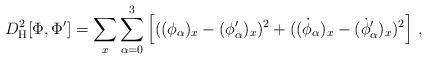
LaTeX: \begin{align*}D^2_{\rm H}[\Phi,\Phi'] = \sum\limits_{x} \sum\limits_{\alpha =0}^3 \left[ ( (\phi_\alpha)_{x} - (\phi'_\alpha)_{x} )^2 +( (\dot \phi_\alpha)_{x} - (\dot \phi'_\alpha)_{x} )^2 \right] \,, \end{align*}